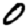
Digit: 0